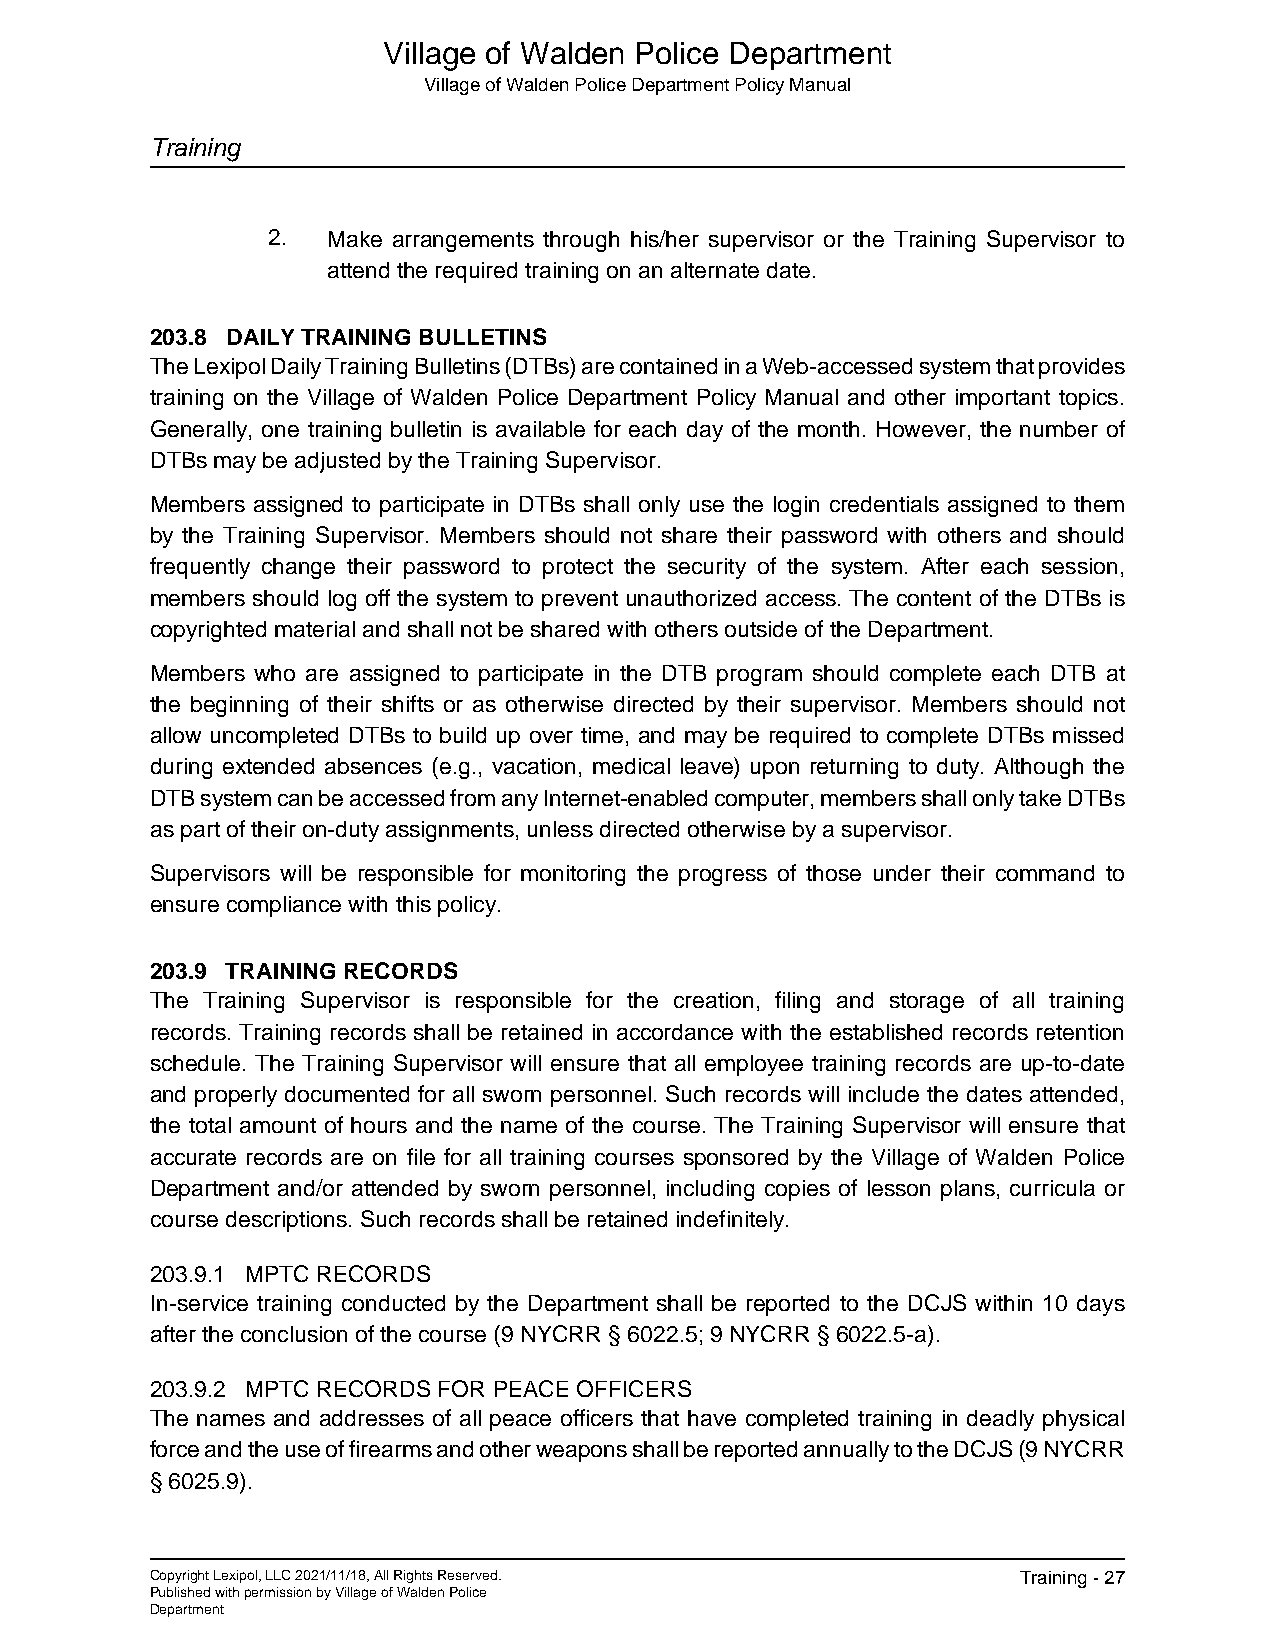
Village of Walden Police Department
 Village of Walden Police Department Policy Manual
 Training
 2.  Make arrangements through his/her supervisor or the Training Supervisor to
 attend the required training on an alternate date.
 203.8 DAILY TRAINING BULLETINS
 The Lexipol Daily Training Bulletins (DTBs) are contained in a Web-accessed system that provides
 training on the Village of Walden Police Department Policy Manual and other important topics.
 Generally, one training bulletin is available for each day of the month. However, the number of
 DTBs may be adjusted by the Training Supervisor.
 Members assigned to participate in DTBs shall only use the login credentials assigned to them
 by the Training Supervisor. Members should not share their password with others and should
 frequently change their password to protect the security of the system. After each session,
 members should log off the system to prevent unauthorized access. The content of the DTBs is
 copyrighted material and shall not be shared with others outside of the Department.
 Members who are assigned to participate in the DTB program should complete each DTB at
 the beginning of their shifts or as otherwise directed by their supervisor. Members should not
 allow uncompleted DTBs to build up over time, and may be required to complete DTBs missed
 during extended absences (e.g., vacation, medical leave) upon returning to duty. Although the
 DTB system can be accessed from any Internet-enabled computer, members shall only take DTBs
 as part of their on-duty assignments, unless directed otherwise by a supervisor.
 Supervisors will be responsible for monitoring the progress of those under their command to
 ensure compliance with this policy.
 203.9 TRAINING RECORDS
 The Training Supervisor is responsible for the creation, filing and storage of all training
 records. Training records shall be retained in accordance with the established records retention
 schedule. The Training Supervisor will ensure that all employee training records are up-to-date
 and properly documented for all sworn personnel. Such records will include the dates attended,
 the total amount of hours and the name of the course. The Training Supervisor will ensure that
 accurate records are on file for all training courses sponsored by the Village of Walden Police
 Department and/or attended by sworn personnel, including copies of lesson plans, curricula or
 course descriptions. Such records shall be retained indefinitely.
 203.9.1 MPTC RECORDS
 In-service training conducted by the Department shall be reported to the DCJS within 10 days
 after the conclusion of the course (9 NYCRR § 6022.5; 9 NYCRR § 6022.5-a).
 203.9.2 MPTC RECORDS FOR PEACE OFFICERS
 The names and addresses of all peace officers that have completed training in deadly physical
 force and the use of firearms and other weapons shall be reported annually to the DCJS (9 NYCRR
 § 6025.9).
 Copyright Lexipol, LLC 2021/11/18, All Rights Reserved.   Training - 27
 Published with permission by Village of Walden Police
 Department